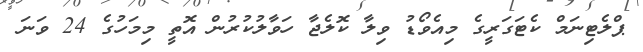
ޕްލެޓިނަމް ކެޓަގަރީގެ މިއެވޯޑު ވިލާ ކޮލެޖާ ހަވާލުކުރުން އޮތީ މިމަހުގެ 24 ވަނަ